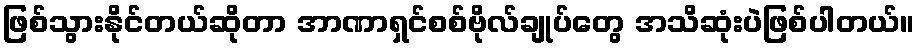
ဖြစ်သွားနိုင်တယ်ဆိုတာ အာဏာရှင်စစ်ဗိုလ်ချုပ်တွေ အသိဆုံးပဲဖြစ်ပါတယ်။